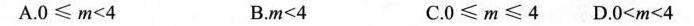
A.$$0 ≤ m < 4$$ B.$$m < 4$$ C.$$0 ≤ m ≤ 4$$ D.$$0 < m < 4$$